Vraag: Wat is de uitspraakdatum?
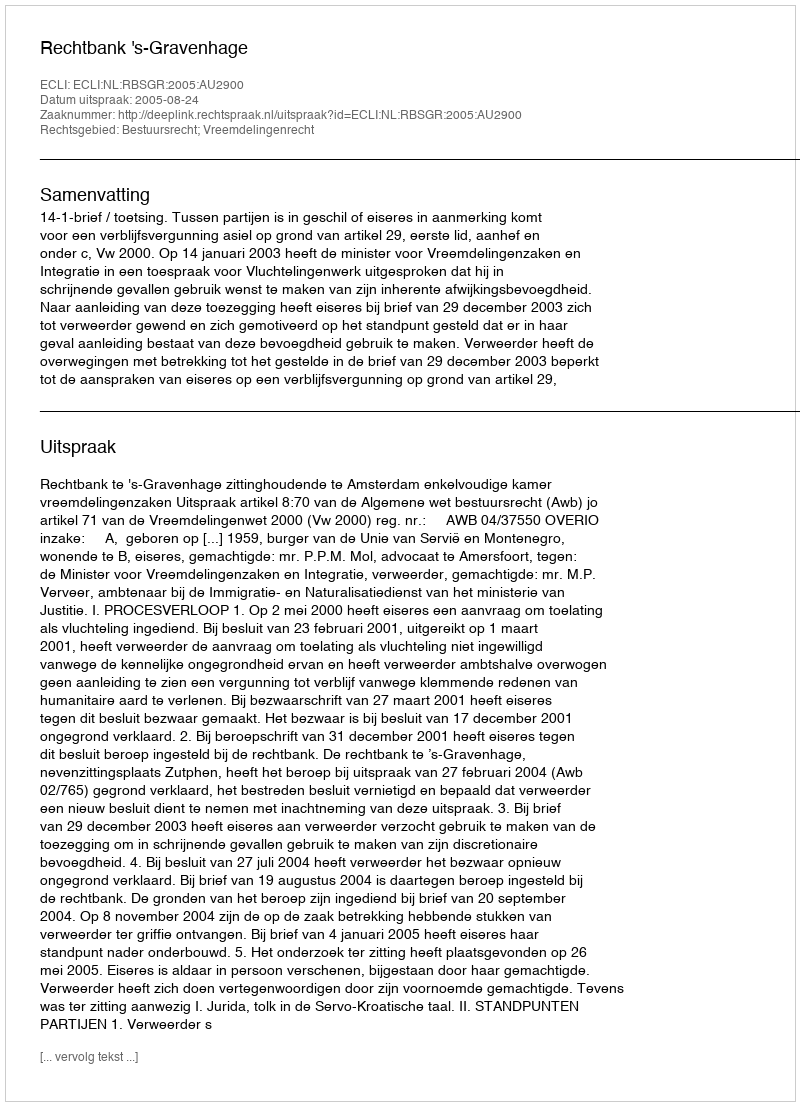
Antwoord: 2005-08-24